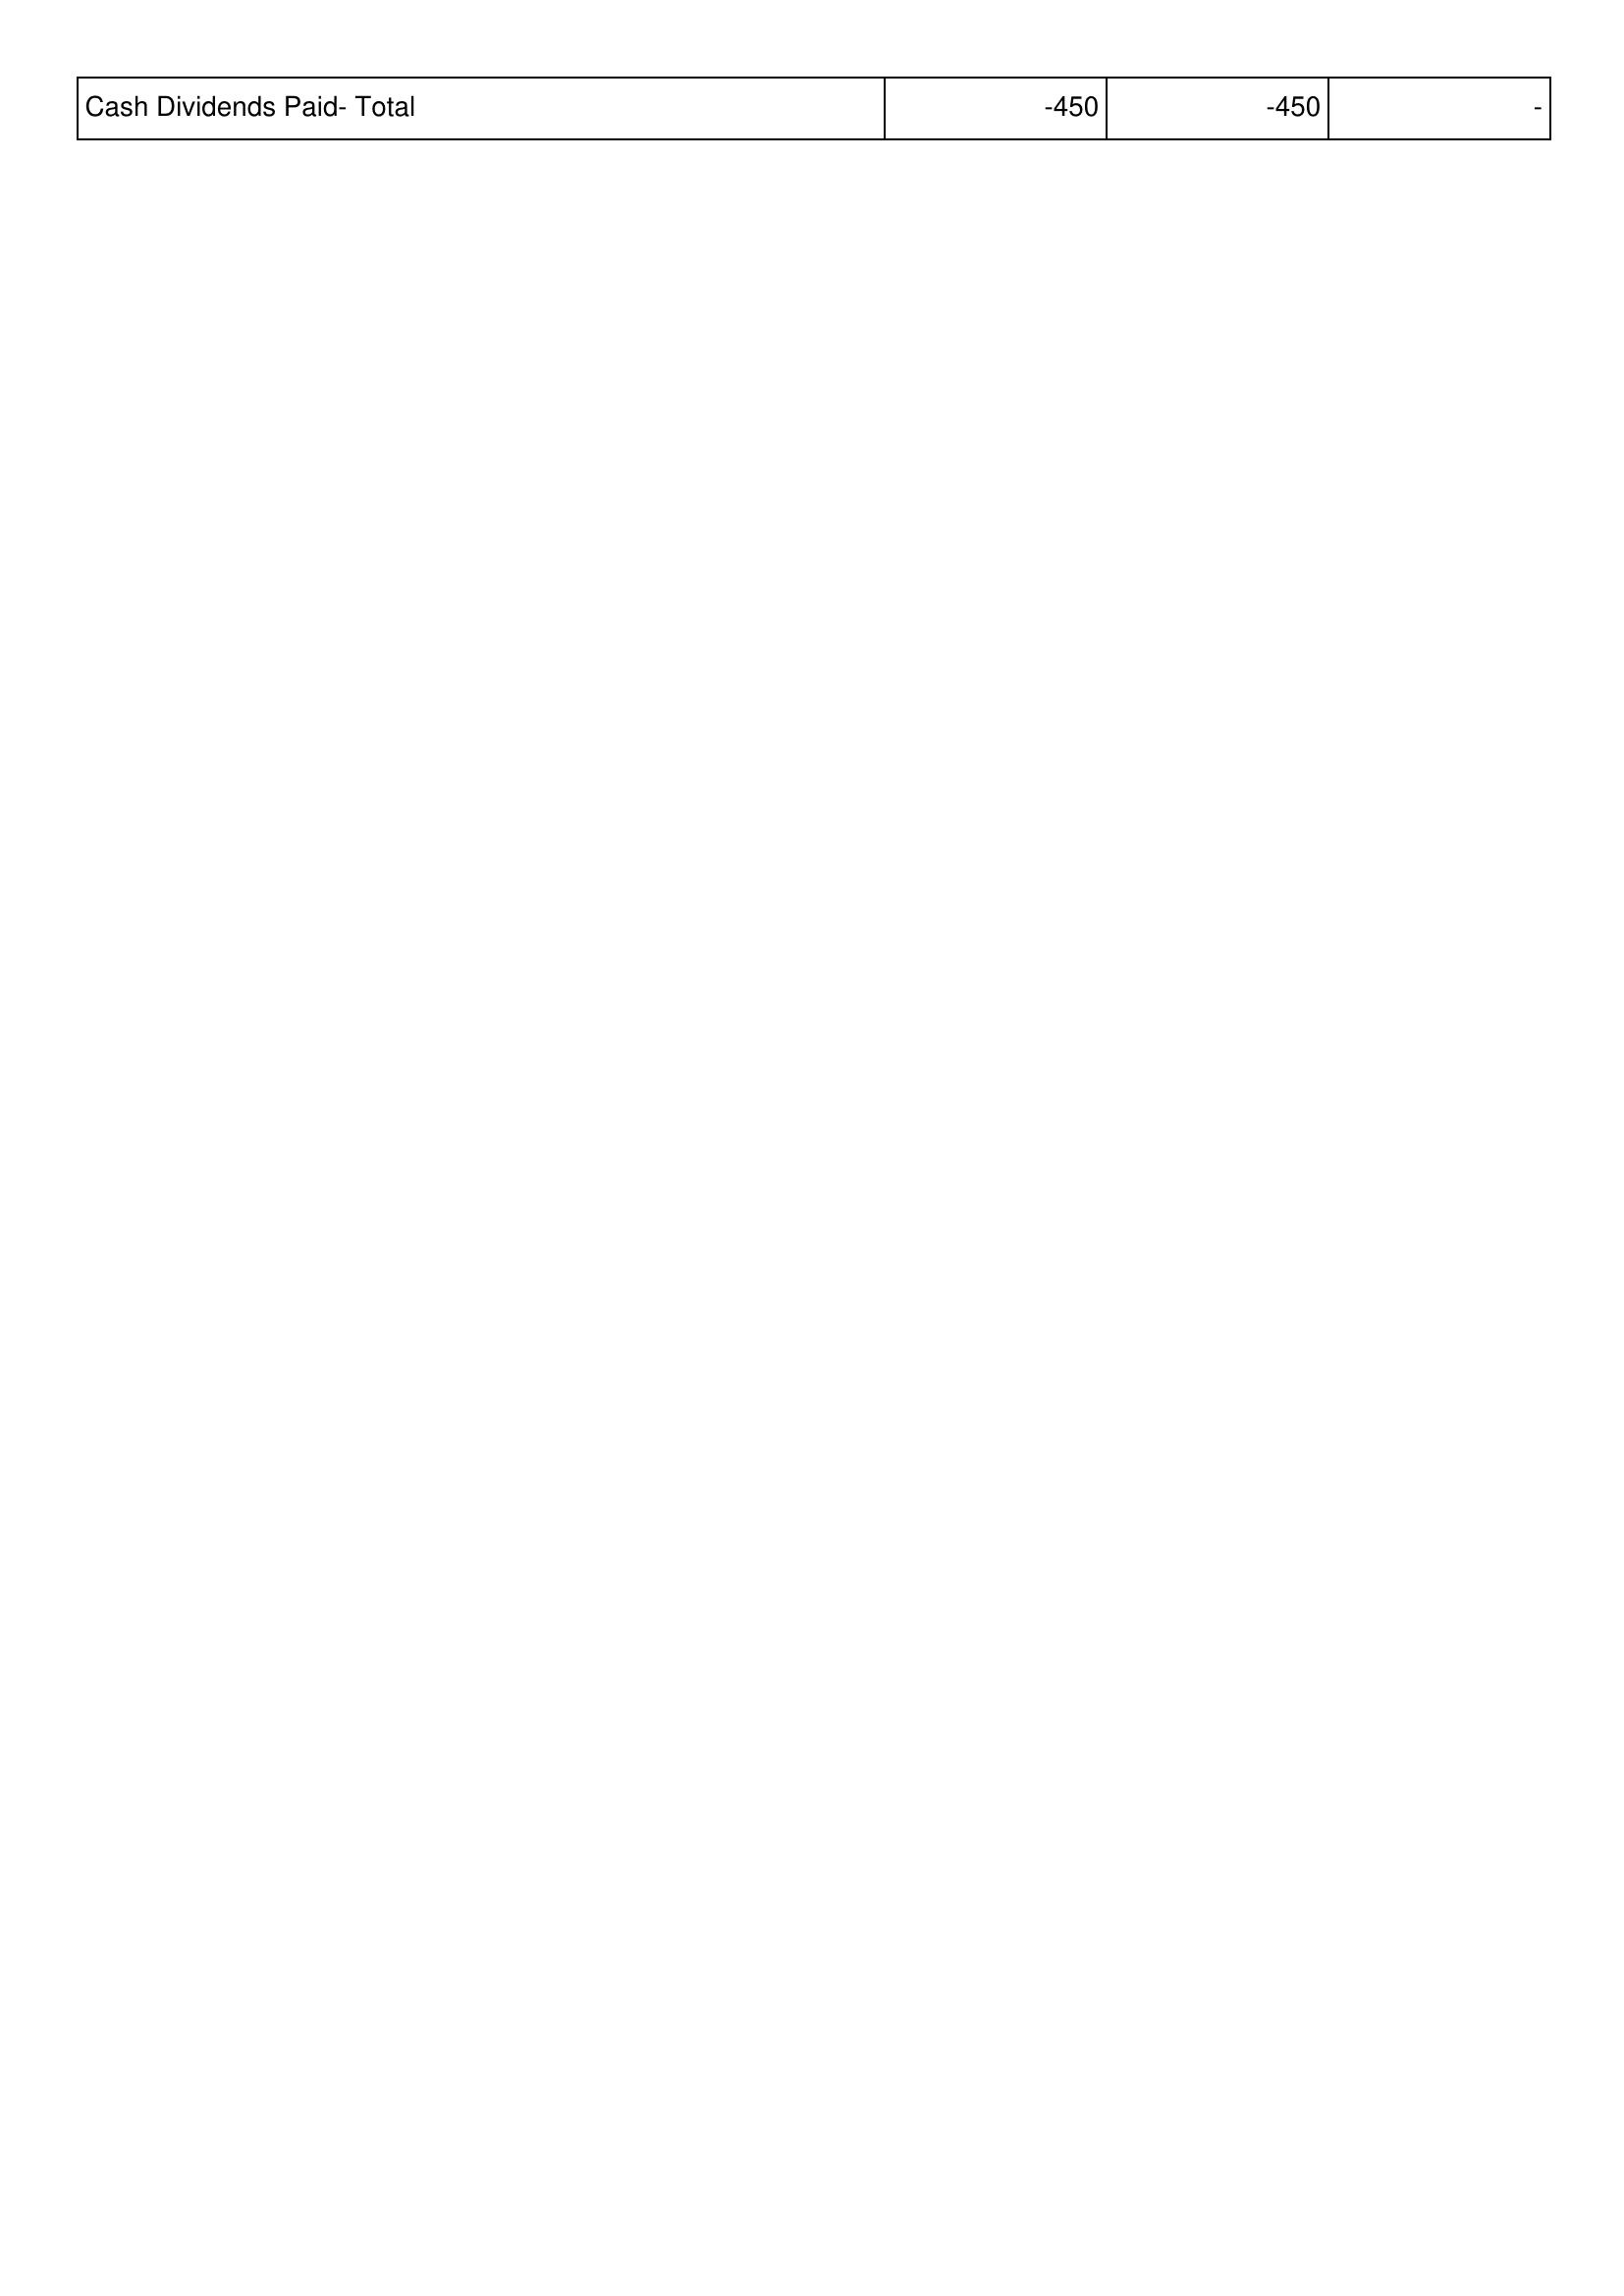
2020: Financing Activities: Cash Dividends Paid- Total: -450
2021: Financing Activities: Cash Dividends Paid- Total: -450
2022: Financing Activities: Cash Dividends Paid- Total: -